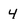
Character: 4